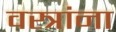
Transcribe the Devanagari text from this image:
वस्त्रांना